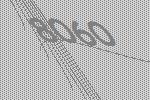
8060